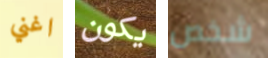
اغني يكون شخص